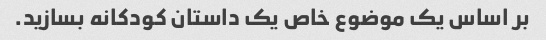
بر اساس یک موضوع خاص یک داستان کودکانه بسازید.